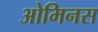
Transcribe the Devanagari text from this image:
ओमिनस